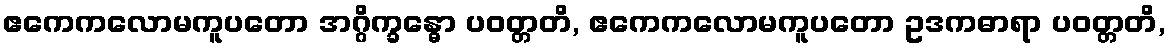
ဧကေကလောမကူပတော အဂ္ဂိက္ခန္ဓော ပဝတ္တတိ, ဧကေကလောမကူပတော ဥဒကဓာရာ ပဝတ္တတိ,